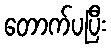
တောက်ပပြီး